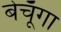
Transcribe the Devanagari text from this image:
बेचूँगा